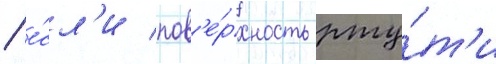
/ е́сл'и пов'е́рхность рту́т'и